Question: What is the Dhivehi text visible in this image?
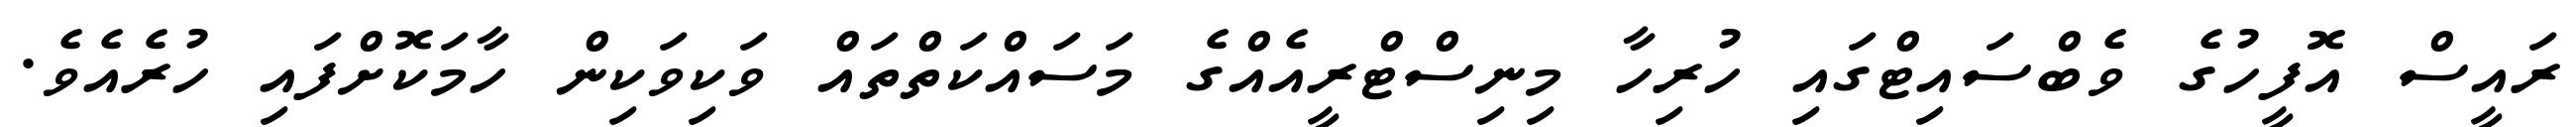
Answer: ރައީސް އޮފީހުގެ ވެބްސައިޓްގައި ހުރިހާ މިނިސްޓްރީއެއްގެ މަސައްކަތްތައް ވަކިވަކިން ހާމަކޮށްފައި ހުރެއެވެ.